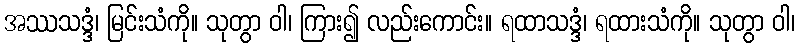
အဿသဒ္ဒံ၊ မြင်းသံကို။ သုတွာ ဝါ၊ ကြား၍ လည်းကောင်း။ ရထာသဒ္ဒံ၊ ရထားသံကို။ သုတွာ ဝါ၊